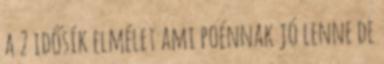
a 2 idősík elmélet ami poénnak jó lenne de